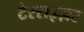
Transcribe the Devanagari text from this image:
टेरराइज़र